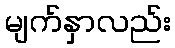
မျက်နှာလည်း